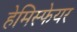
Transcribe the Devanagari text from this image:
हेमिस्फेयर